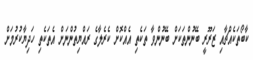
ކާބޯތަކެއްޗާއި ޒަރޫރީ ބޭނުންތަކަށް ބޭނުންވާ ތަކެތި އެއްކޮށް ކެރެލާގެ ރައްޔިތުންނަށް އެތަކެތި ހަދިޔާކުރުމަށް